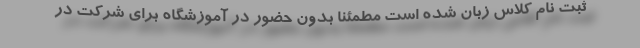
ثبت نام کلاس زبان شده است مطمئنا بدون حضور در آموزشگاه برای شرکت در